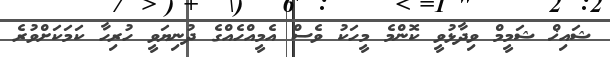
ޝައިޚް ޝަމީމް ވިދާޅުވީ ކޮންމެ މީހަކު ވެސް އެމީއްހެއްގެ ދުނިޔަވީ ހުރިހާ ކަމަކަށްވުރެ